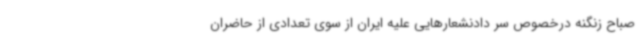
صباح زنگنه درخصوص سر دادنشعارهایی علیه ایران از سوی تعدادی از حاضران